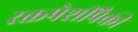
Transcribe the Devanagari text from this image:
रक्तपेशींपैकी